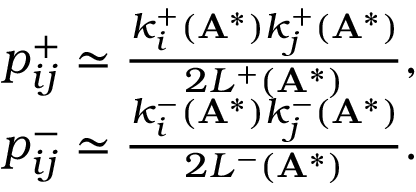
\begin{array} { r } { p _ { i j } ^ { + } \simeq \frac { k _ { i } ^ { + } ( \mathbf { A } ^ { * } ) k _ { j } ^ { + } ( \mathbf { A } ^ { * } ) } { 2 L ^ { + } ( \mathbf { A } ^ { * } ) } , } \\ { p _ { i j } ^ { - } \simeq \frac { k _ { i } ^ { - } ( \mathbf { A } ^ { * } ) k _ { j } ^ { - } ( \mathbf { A } ^ { * } ) } { 2 L ^ { - } ( \mathbf { A } ^ { * } ) } . } \end{array}